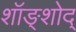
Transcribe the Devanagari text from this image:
शॉङ्शोद्